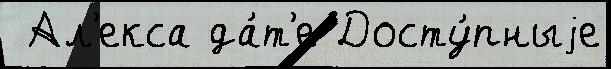
 Ал'екса да́т'е Досту́пныjе